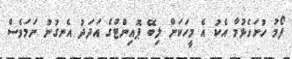
ފޯމު ހުށަހެޅުމާ އެކު އެ މީހަކަށް ލިބޭ ޕޮއިންޓްގެ އަދަދު އެނގުނު ނަމަވެސް